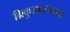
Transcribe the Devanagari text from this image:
ग्रिकुआटाऊनच्या